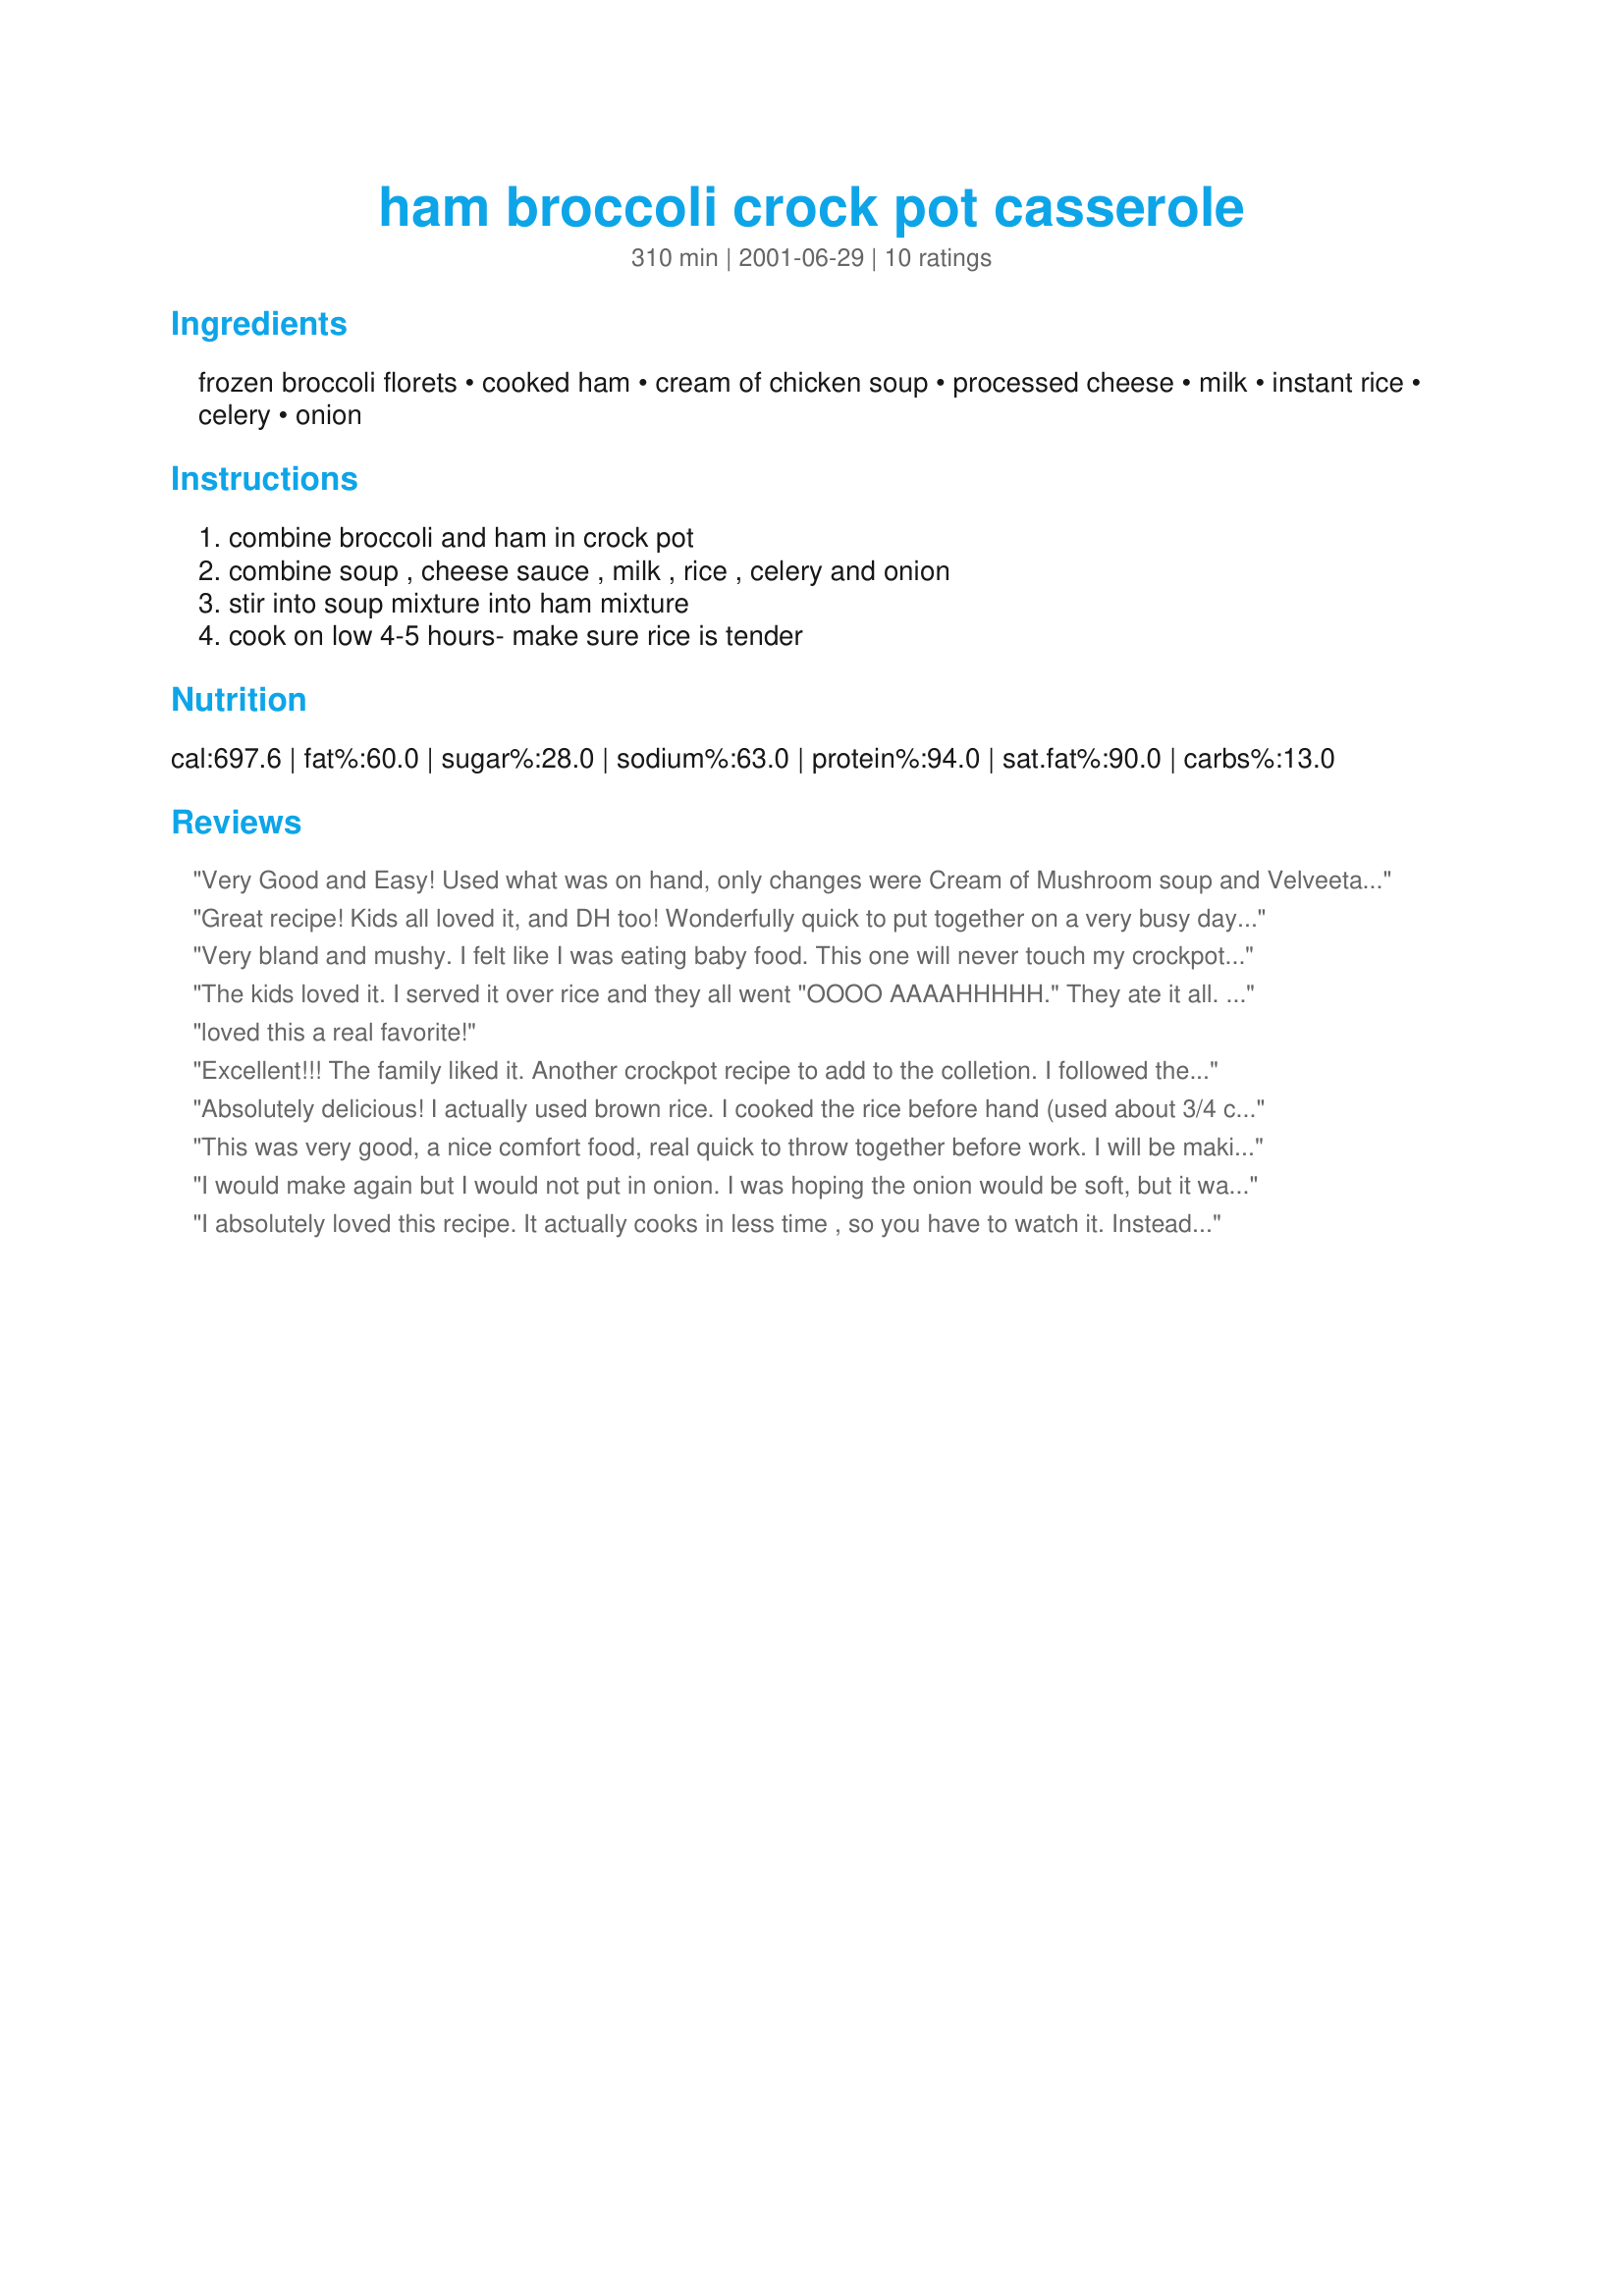
ham broccoli crock pot casserole
Preparation time: 310 minutes

Ingredients:
frozen broccoli florets, cooked ham, cream of chicken soup, processed cheese, milk, instant rice, celery, onion

Steps:
combine broccoli and ham in crock pot, combine soup , cheese sauce , milk , rice , celery and onion, stir into soup mixture into ham mixture, cook on low 4-5 hours- make sure rice is tender

Reviews:
Very Good and Easy! Used what was on hand, only changes were Cream of Mushroom soup and Velveeta and it turned out great! I didn't measure the ham but it was approximately 3 cups, next time I'll add about one cup more. Those bites with all the ham in it were very good! I might find some spices to add in the mix too.
Great Recipe! Thank you!
Great recipe! Kids all loved it, and DH too! Wonderfully quick to put together on a very busy day. Next time I will add some black pepper and minced garlic. I used turkey ham. This is GREAT! Thanks for sharing! Passing this along to some others who are just learning to cook! THANKS!
Very bland and mushy. I felt like I was eating baby food. This one will never touch my crockpot again, sorry!
The kids loved it. I served it over rice and they all went "OOOO AAAAHHHHH." They ate it all. I am keeping this one. I have also made this and replaced the ham with chicken and it turned out great as well.
loved this a real favorite!
Excellent!!! The family liked it. Another crockpot recipe to add to the colletion. I followed the recipe all except for the celery,just perferance. Thanks,Mary!!
Absolutely delicious! I actually used brown rice. I cooked the rice before hand (used about 3/4 cup before cooking) and reduced the amount of milk in the recipe by a couple of tablespoons. I also used 8 oz. of velveeta cheese instead of the cheese sauce. I will definitely make this again. My husband even loved it. Thank you!
This was very good, a nice comfort food, real quick to throw together before work. I will be making this again..
I would make again but I would not put in onion. I was hoping the onion would be soft, but it wasn't... cooking it longer would also of helped like 8 hours.

Otherwise, the recipe was very good and easy and I will try again w/ these changes.
I absolutely loved this recipe. It actually cooks in less time , so you have to watch it. Instead of the jar cheese sauce, I used a small block of Velveeta that I cut into chunks and it worked out just fine. I also used fresh broccoli instead of frozen, I like the flavor better. Also, I thought that it had great flavor.
